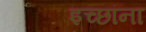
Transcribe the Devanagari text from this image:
इच्छांना